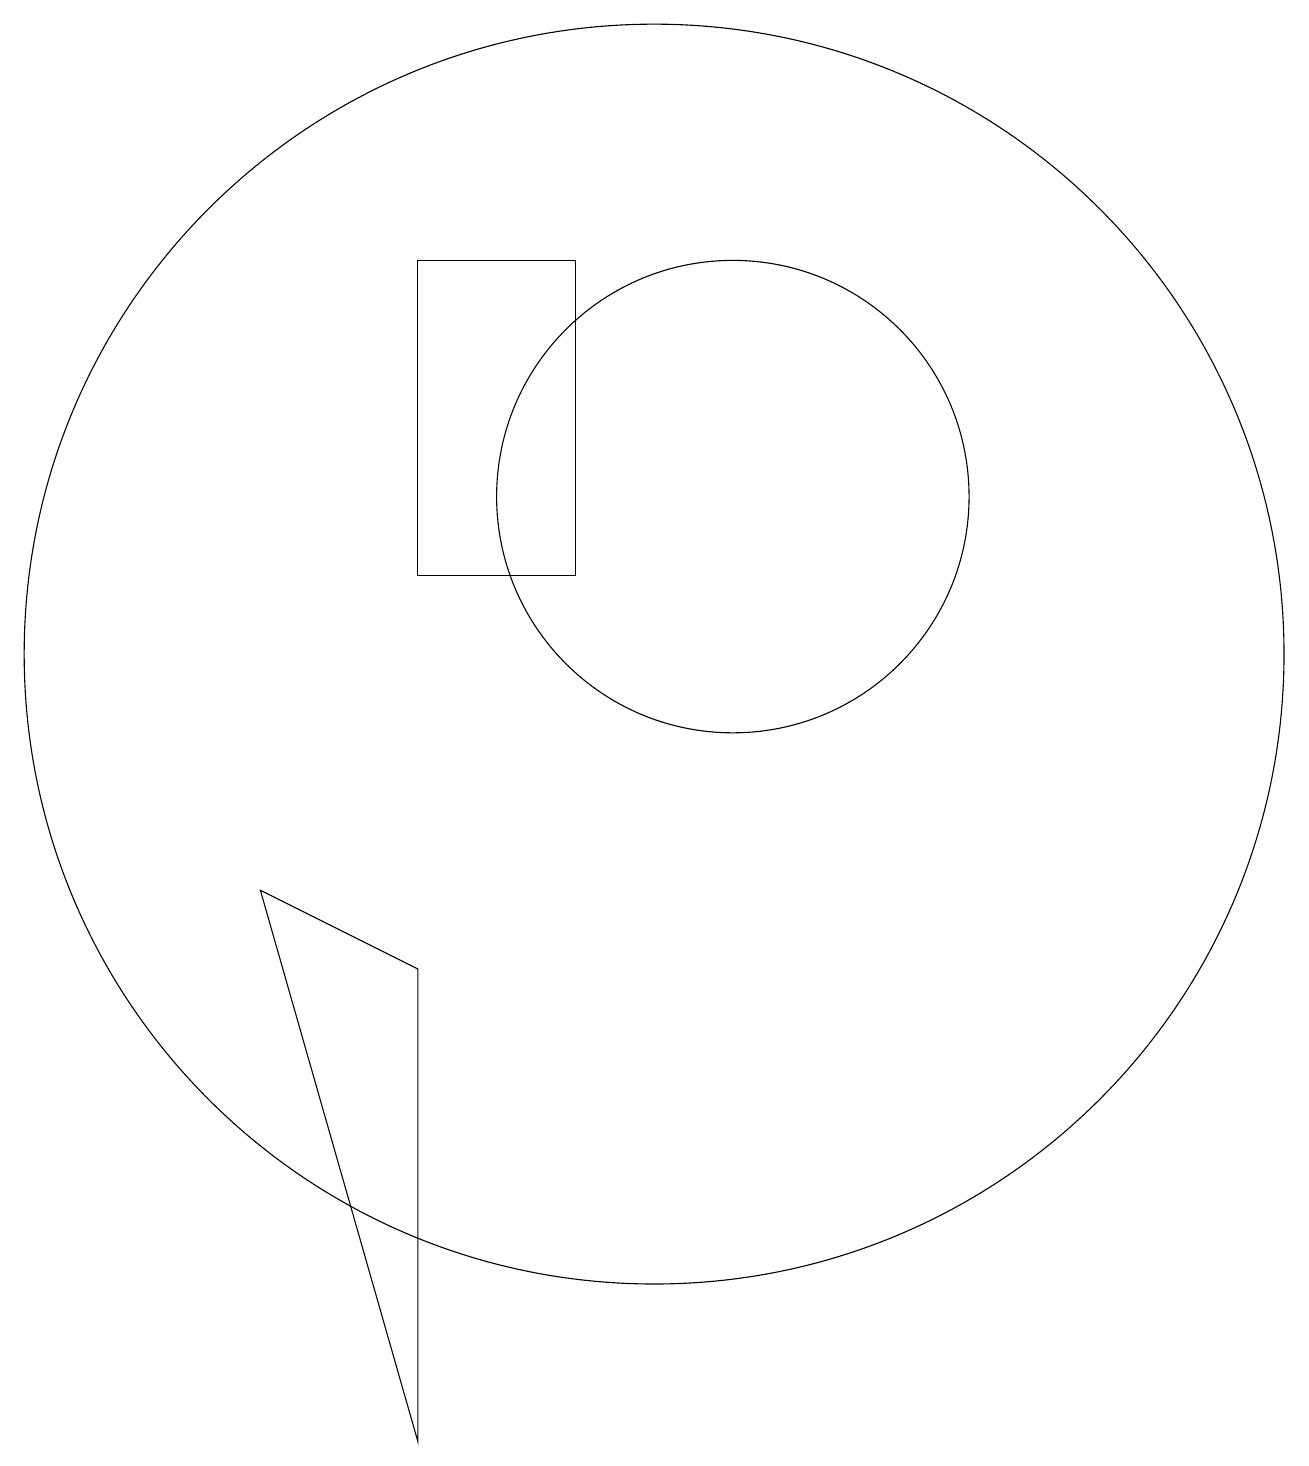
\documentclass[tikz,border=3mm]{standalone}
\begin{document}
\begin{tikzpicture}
\draw (10,10) circle (8);
\draw (9,15) rectangle (7,11);
\draw (11,12) circle (3);
\draw (5,7) -- (7,6) -- (7,0) -- cycle;
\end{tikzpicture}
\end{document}